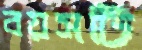
বয়সটি